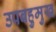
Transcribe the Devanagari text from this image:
उपबहुमुख